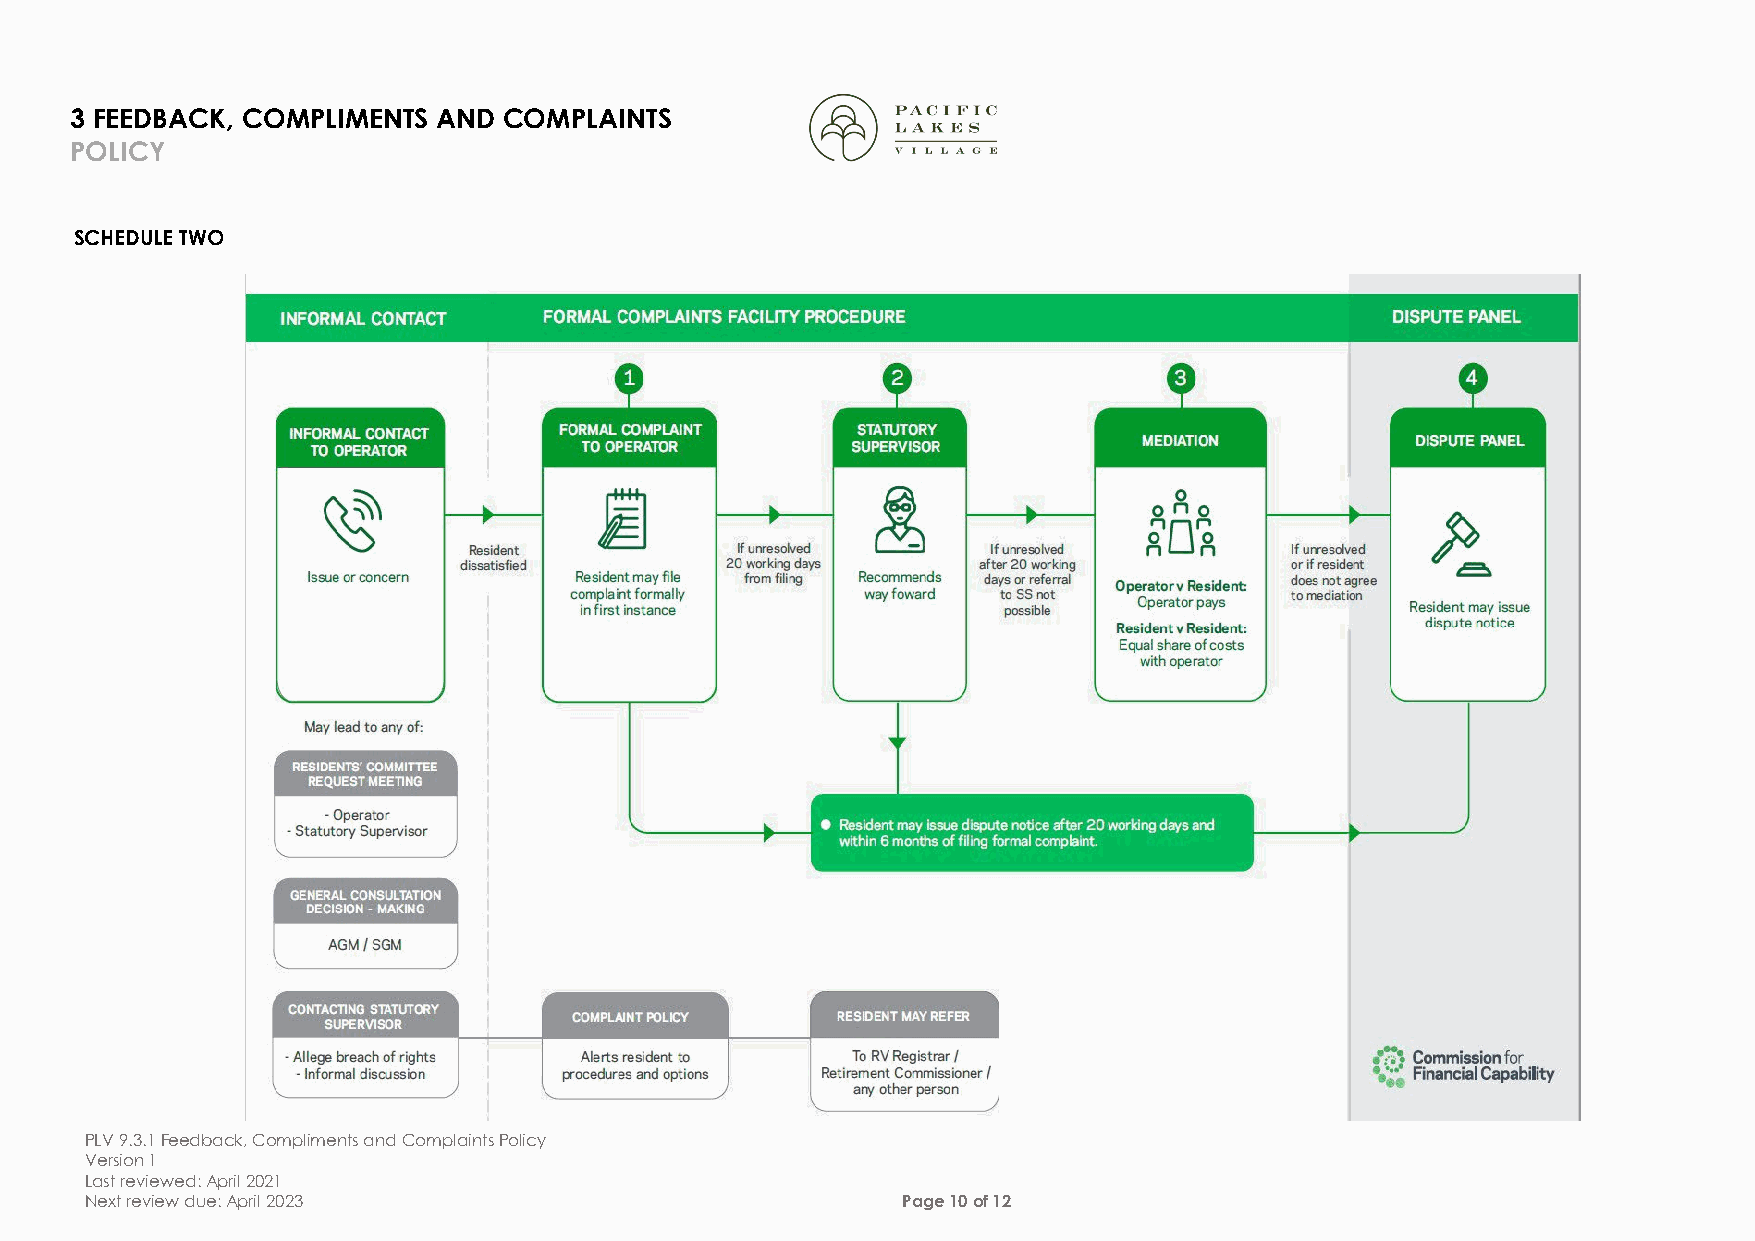
3 FEEDBACK, COMPLIMENTS AND COMPLAINTS
 POLICY
 SCHEDULE TWO
 PLV 9.3.1 Feedback, Compliments and Complaints Policy
 Version 1
 Last reviewed: April 2021
 Next review due: April 2023                           Page 10 of 12